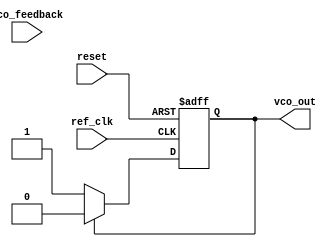
module CP_PLL (
    input wire ref_clk,          // Reference clock
    input wire vco_feedback,     // VCO feedback signal
    input wire reset,            // Asynchronous reset
    output reg vco_out           // Output of the VCO
);

// Parameters
parameter P = 1;                 // Charge pump current source (up/down)
parameter K = 1;                 // Loop filter gain
parameter VCO_MAX_Freq = 100;   // Maximum VCO frequency control output
parameter VCO_MIN_Freq = 10;    // Minimum VCO frequency control output

// PFD Outputs
reg up;                         // UP signal
reg down;                       // DOWN signal

// Charge Pump Control Voltage
reg [15:0] control_voltage;     // Example control voltage width

// Loop Filter
reg [15:0] filter_output;       // Output of the Loop Filter

// VCO State
reg [15:0] vco_freq;            // VCO frequency control variable

// Phase Frequency Detector (PFD)
always @(posedge ref_clk or posedge reset) begin
    if (reset) begin
        up <= 0;
        down <= 0;
    end else begin
        if(ref_clk && !vco_feedback) begin
            up <= 1; 
            down <= 0;
        end else if (!ref_clk && vco_feedback) begin
            up <= 0; 
            down <= 1;
        end else begin
            up <= 0;
            down <= 0;
        end
    end
end

// Charge Pump
always @(posedge ref_clk or posedge reset) begin
    if (reset) begin
        control_voltage <= 16'b0;
    end else begin
        if (up) begin
            control_voltage <= control_voltage + P; // Increase control voltage
        end else if (down) begin
            control_voltage <= control_voltage - P; // Decrease control voltage
        end
    end
end

// Loop Filter (simple first-order RC filter)
always @(posedge ref_clk or posedge reset) begin
    if (reset) begin
        filter_output <= 16'b0;
    end else begin
        filter_output <= (K * control_voltage + filter_output) >> 1; // Simple smoothing
    end
end

// Voltage-Controlled Oscillator (VCO)
always @(posedge ref_clk or posedge reset) begin
    if (reset) begin
        vco_freq <= VCO_MIN_Freq;
        vco_out <= 1'b0; // Reset output
    end else begin
        // Determine VCO frequency based on the filtered output
        // Saturate at min/max frequencies
        if (filter_output > VCO_MAX_Freq) 
            vco_freq <= VCO_MAX_Freq;
        else if (filter_output < VCO_MIN_Freq) 
            vco_freq <= VCO_MIN_Freq;
        else 
            vco_freq <= filter_output;
        
        // Generate the VCO output
        // For simplicity, VCO just toggles at average frequency (this should be a proper oscillator)
        vco_out <= (vco_out == 1'b0) ? 1'b1 : 1'b0; // Toggle output for VCO simulation
    end
end

endmodule